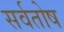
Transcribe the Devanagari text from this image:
सर्वतोष